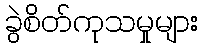
ခွဲစိတ်ကုသမှုများ